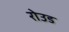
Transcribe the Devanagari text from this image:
रोउड